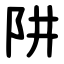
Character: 阱